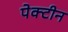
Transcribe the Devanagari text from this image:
पेक्टीन